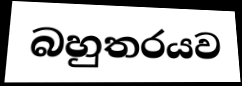
බහුතරයව